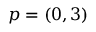
p = ( 0 , 3 )